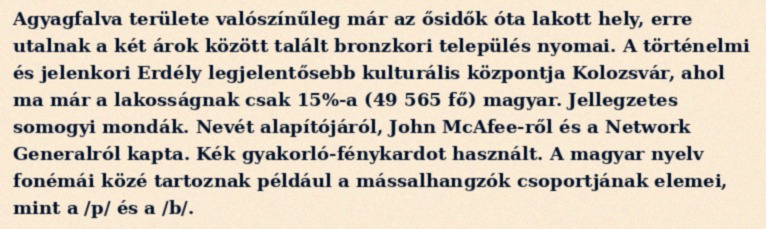
Agyagfalva területe valószínűleg már az ősidők óta lakott hely, erre utalnak a két árok között talált bronzkori település nyomai. A történelmi és jelenkori Erdély legjelentősebb kulturális központja Kolozsvár, ahol ma már a lakosságnak csak 15%-a (49 565 fő) magyar. Jellegzetes somogyi mondák. Nevét alapítójáról, John McAfee-ről és a Network Generalról kapta. Kék gyakorló-fénykardot használt. A magyar nyelv fonémái közé tartoznak például a mássalhangzók csoportjának elemei, mint a /p/ és a /b/.